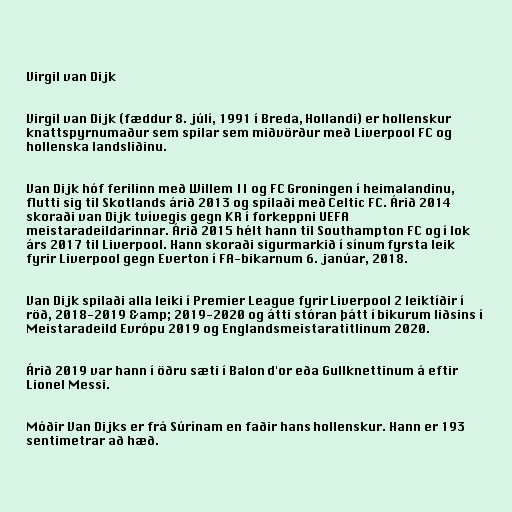
Virgil van Dijk

Virgil van Dijk (fæddur 8. júlí, 1991 í Breda, Hollandi) er hollenskur
knattspyrnumaður sem spilar sem miðvörður með Liverpool FC og
hollenska landsliðinu.

Van Dijk hóf ferilinn með Willem II og FC Groningen í heimalandinu,
flutti sig til Skotlands árið 2013 og spilaði með Celtic FC. Árið 2014
skoraði van Dijk tvívegis gegn KR í forkeppni UEFA
meistaradeildarinnar. Árið 2015 hélt hann til Southampton FC og í lok
árs 2017 til Liverpool. Hann skoraði sigurmarkið í sínum fyrsta leik
fyrir Liverpool gegn Everton í FA-bikarnum 6. janúar, 2018.

Van Dijk spilaði alla leiki í Premier League fyrir Liverpool 2 leiktíðir í
röð, 2018-2019 &amp; 2019-2020 og átti stóran þátt í bikurum liðsins í
Meistaradeild Evrópu 2019 og Englandsmeistaratitlinum 2020.

Árið 2019 var hann í öðru sæti í Balon d'or eða Gullknettinum á eftir
Lionel Messi.

Móðir Van Dijks er frá Súrínam en faðir hans hollenskur. Hann er 193
sentimetrar að hæð.